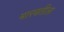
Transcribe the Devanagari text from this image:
मारबतीला